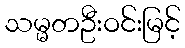
သမ္မတဦးဝင်းမြင့်